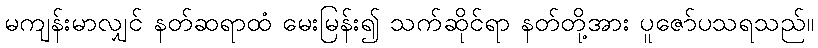
မကျန်းမာလျှင် နတ်ဆရာထံ မေးမြန်း၍ သက်ဆိုင်ရာ နတ်တို့အား ပူဇော်ပသရသည်။